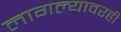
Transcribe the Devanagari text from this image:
लागल्यावरही